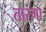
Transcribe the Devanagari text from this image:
तारंगा